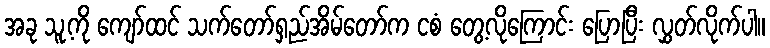
အခု သူ့ကို ကျော်ထင် သက်တော်ရှည်အိမ်တော်က ငစံ တွေ့လိုကြောင်း ပြောပြီး လွှတ်လိုက်ပါ။